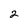
Character: 2